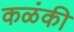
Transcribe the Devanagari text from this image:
कळंकी